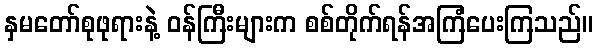
နှမတော်စုဖုရားနဲ့ ဝန်ကြီးများက စစ်တိုက်ရန်အကြံပေးကြသည်။